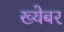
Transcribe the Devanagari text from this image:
ख्येबर